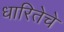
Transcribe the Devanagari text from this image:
धारितेचे